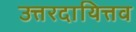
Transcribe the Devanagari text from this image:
उत्तरदायित्तव